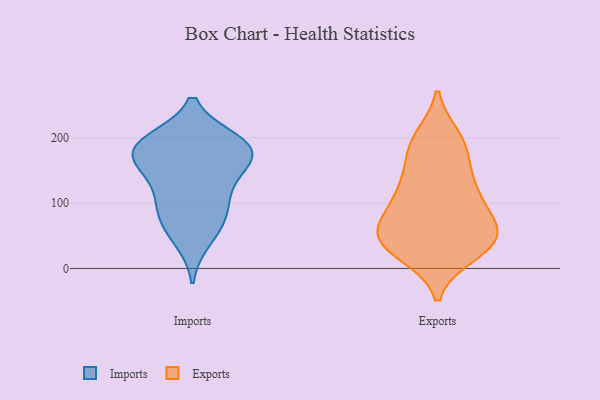
{"axis": {"x": "Net Income (USD K)", "y": "Value"}, "legend": ["Exports", "Imports"], "data": [{"x": "", "y": 105, "type": "Imports"}, {"x": "", "y": 157, "type": "Imports"}, {"x": "", "y": 192, "type": "Imports"}, {"x": "", "y": 168, "type": "Imports"}, {"x": "", "y": 147, "type": "Imports"}, {"x": "", "y": 195, "type": "Imports"}, {"x": "", "y": 183, "type": "Imports"}, {"x": "", "y": 44, "type": "Imports"}, {"x": "", "y": 189, "type": "Imports"}, {"x": "", "y": 111, "type": "Imports"}, {"x": "", "y": 71, "type": "Imports"}, {"x": "", "y": 182, "type": "Imports"}, {"x": "", "y": 78, "type": "Imports"}, {"x": "", "y": 22, "type": "Exports"}, {"x": "", "y": 54, "type": "Exports"}, {"x": "", "y": 200, "type": "Exports"}, {"x": "", "y": 106, "type": "Exports"}, {"x": "", "y": 124, "type": "Exports"}, {"x": "", "y": 127, "type": "Exports"}, {"x": "", "y": 25, "type": "Exports"}, {"x": "", "y": 61, "type": "Exports"}, {"x": "", "y": 75, "type": "Exports"}, {"x": "", "y": 178, "type": "Exports"}, {"x": "", "y": 50, "type": "Exports"}, {"x": "", "y": 181, "type": "Exports"}, {"x": "", "y": 135, "type": "Exports"}, {"x": "", "y": 41, "type": "Exports"}, {"x": "", "y": 199, "type": "Exports"}, {"x": "", "y": 97, "type": "Exports"}, {"x": "", "y": 32, "type": "Exports"}, {"x": "", "y": 45, "type": "Exports"}, {"x": "", "y": 63, "type": "Exports"}]}